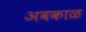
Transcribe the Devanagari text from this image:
अवकाळ